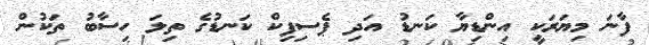
ފާނަ މިޔަރަކީ އިންޑިޔާ ކަނޑު އަދި ޕެސިފިކް ކަނޑުގެ ތިލަ ހިސާބު ތަކުން